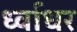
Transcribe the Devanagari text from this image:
र्ध्वाधर